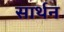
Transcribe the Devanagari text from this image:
सार्थन